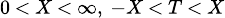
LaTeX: \scriptstyle 0\, <\, X\, <\, \infty,\; -X\, <\, T\, <\, X